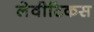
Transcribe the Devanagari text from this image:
लेवीटिकस